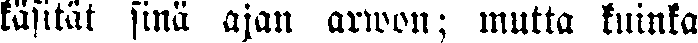
käsität sinä ajan arwon; mutta kuinka